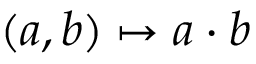
( a , b ) \mapsto a \cdot b